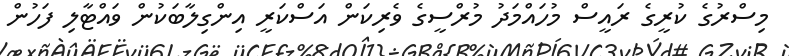
މިސްރުގެ ކުރީގެ ރައީސް މުހައްމަދު މުރްސީގެ ވެރިކަން އަސްކަރީ އިންގިލާބަކުން ވައްޓާލި ފަހުން